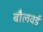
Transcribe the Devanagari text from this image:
बौलवर्ड